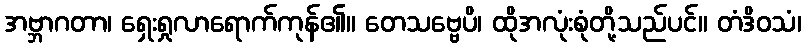
အဗ္ဘာဂတာ၊ ရှေးရှုလာရောက်ကုန်၏။ တေသဗ္ဗေပိ၊ ထိုအလုံးစုံတို့သည်ပင်။ တံဒိဝသံ၊